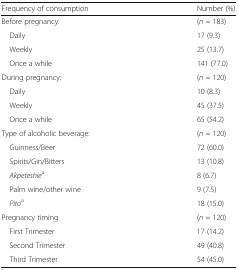
| Frequency of consumption | Number (%) |
 | --- | --- |
 | Before pregnancy: | (n = 183) |
 | Daily | 17 (9.3) |
 | Weekly | 25 (13.7) |
 | Once a while | 141 (77.0) |
 | During pregnancy: | (n = 120) |
 | Daily | 10 (8.3) |
 | Weekly | 45 (37.5) |
 | Once a while | 65 (54.2) |
 | Type of alcoholic beverage: | (n = 120) |
 | Guinness/Beer | 72 (60.0) |
 | Spirits/Gin/Bitters | 13 (10.8) |
 | Akpeteshiea | 8 (6.7) |
 | Palm wine/other wine | 9 (7.5) |
 | Pitoa | 18 (15.0) |
 | Pregnancy timing | (n = 120) |
 | First Trimester | 17 (14.2) |
 | Second Trimester | 49 (40.8) |
 | Third Trimester | 54 (45.0) |